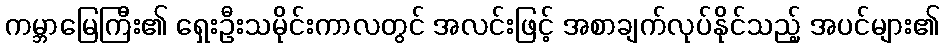
ကမ္ဘာမြေကြီး၏ ရှေးဦးသမိုင်းကာလတွင် အလင်းဖြင့် အစာချက်လုပ်နိုင်သည့် အပင်များ၏